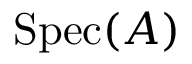
\operatorname { S p e c } ( A )